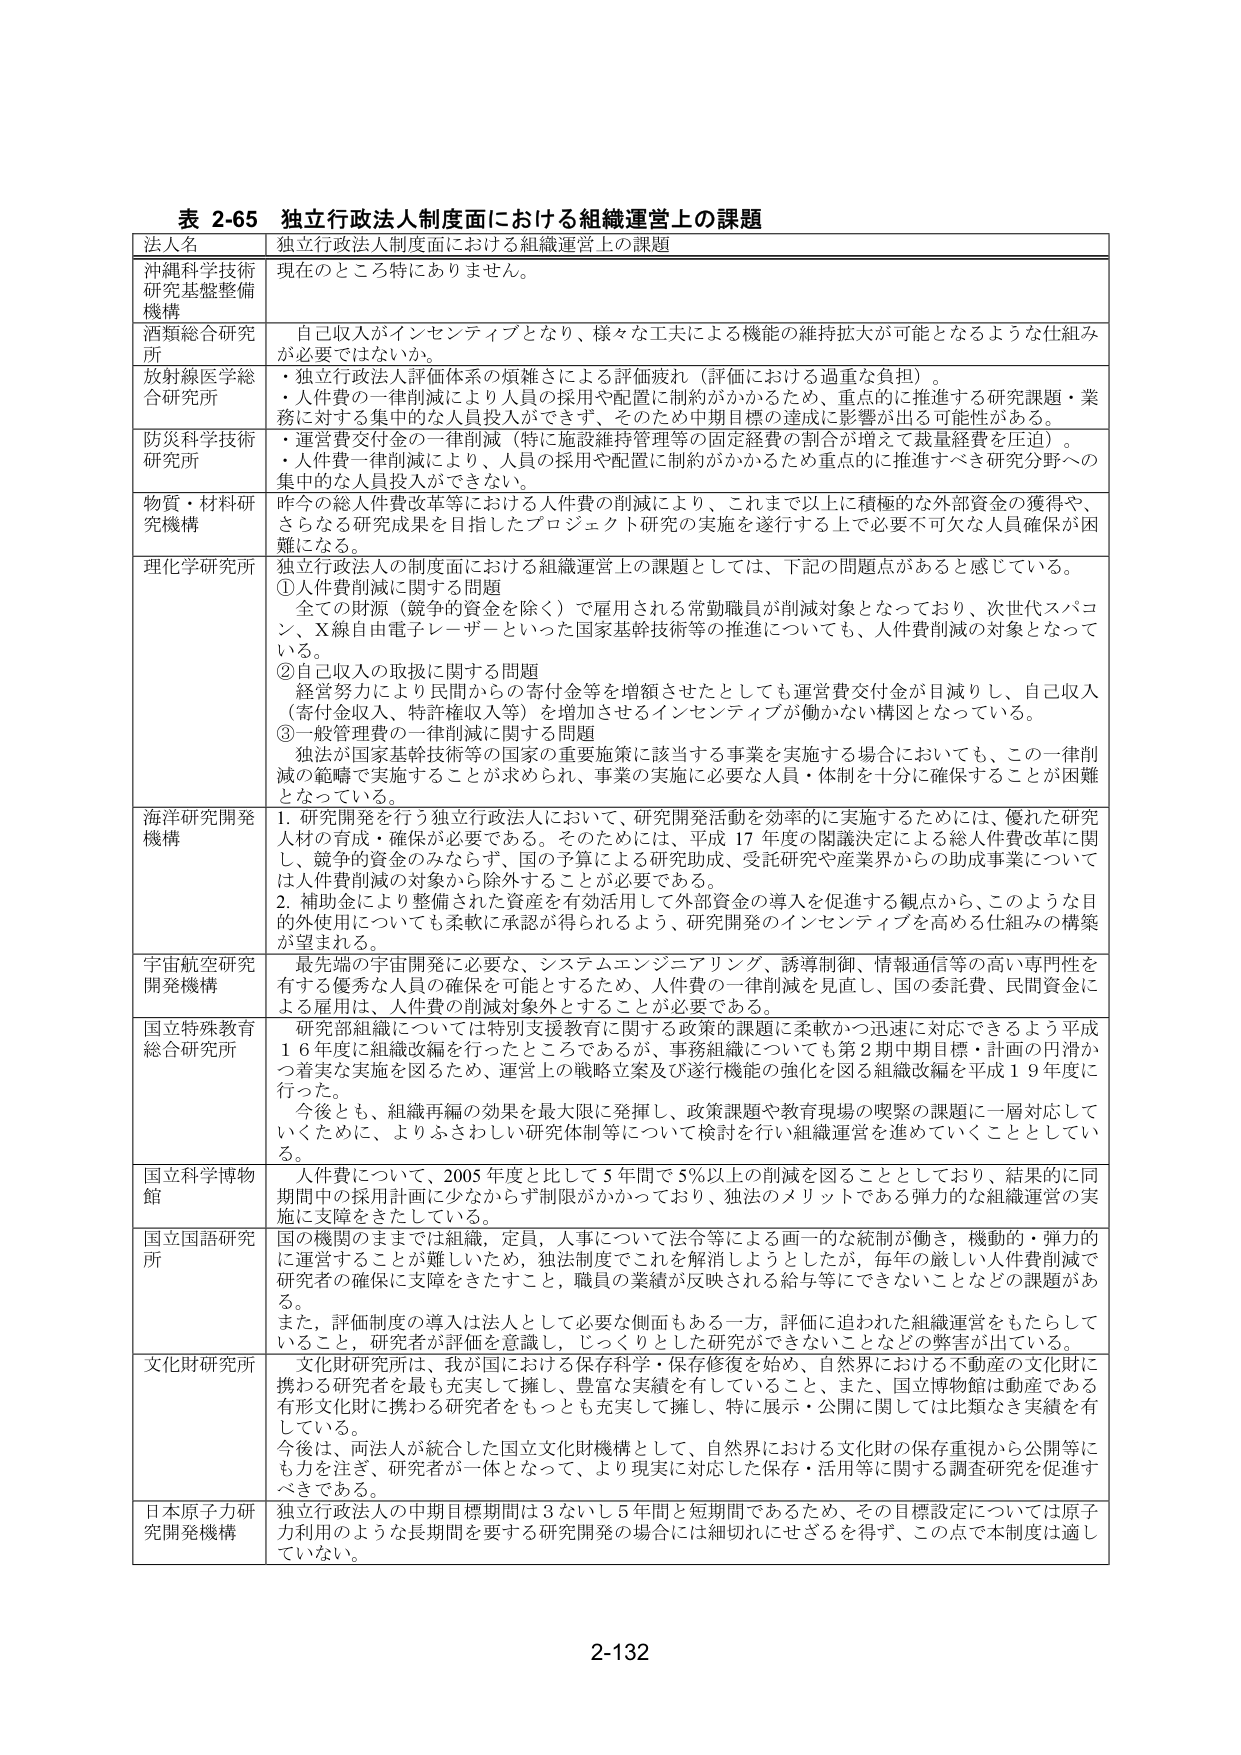
表 2-65 独立行政法人制度面における組織運営上の課題
法人名 独立行政法人制度面における組織運営上の課題
沖縄科学技術研究基盤整備機構 現在のところ特になし。
酒類総合研究所 自己収入がインセンティブとなり、様々な工夫による機能の維持拡大が可能となるような仕組みが必要ではないか。
放射線医学総合研究所 ・独立行政法人評価体系の煩雑さによる評価疲れ（評価における過重な負担）。
・人件費の一斉削減により人員の採用や配置に制約がかかるため、重点的に推進する研究課題・業務に対する集中的な人員投入ができず、そのため中期目標の達成に影響が出る可能性がある。
防災科学技術研究所 ・運営費交付金の一斉削減（特に施設維持管理等の固定経費の割合が増えて裁量経費を圧迫）。
・人件費一斉削減により、人員の採用や配置に制約がかかるため重点的に推進すべき研究分野への集中的な人員投入ができない。
物質・材料研究機構 昨今の総人件費改革等における人件費の削減により、これまで以上に積極的な外部資金の獲得や、さらなる研究成果を目指したプロジェクト研究の実施を遂行する上で必要不可欠な人員確保が困難になる。
理化学研究所 独立行政法人の制度面における組織運営上の課題としては、下記の問題点があると感じている。
①人件費削減に関する問題
全ての財源（競争的資金を除く）で雇用される常勤職員が削減対象となっており、次世代スパコン、X線自由電子レーザーといった国家基幹技術等の推進についても、人件費削減の対象となっている。
②自己収入の取扱に関する問題
経営努力により民間からの寄付金等を増額させたとしても運営費交付金が目減りし、自己収入（寄付金収入、特許権収入等）を増加させるインセンティブが働かない構図となっている。
③一般管理費の一斉削減に関する問題
独法が国家基幹技術等の国家の重要施策に該当する事業を実施する場合においても、この一斉削減の範疇で実施することが求められ、事業の実施に必要な人員・体制を十分に確保することが困難となっている。
海洋研究開発機構 1. 研究開発を行う独立行政法人において、研究開発活動を効率的に実施するためには、優れた研究人材の育成・確保が必要である。そのためには、平成17年度の閣議決定による総人件費改革に関し、競争的資金のみならず、国の予算による研究助成、受託研究や産業界からの助成事業については人件費削減の対象から除外することが必要である。
2. 補助金により整備された資産を有効活用して外部資金の導入を促進する観点から、このような目的外使用についても柔軟に承認が得られるよう、研究開発のインセンティブを高める仕組みの構築が望まれる。
宇宙航空研究開発機構 最先端の宇宙開発に必要な、システムエンジニアリング、誘導制御、情報通信等の高い専門性を有する優秀な人員の確保を可能とするため、人件費の一斉削減を見直し、国の委託費、民間資金による雇用は、人件費の削減対象外とすることが必要である。
国立特殊教育総合研究所 研究部組織については特別支援教育に関する政策的課題に柔軟かつ迅速に対応できるよう平成16年度に組織改編を行ったところであるが、事務組織についても第2期中期目標・計画の円滑かつ着実な実施を図るため、運営上の戦略立案及び遂行機能の強化を図る組織改編を平成19年度に行った。
今後とも、組織再編の効果を最大限に発揮し、政策課題や教育現場の喫緊の課題に一層対応していくために、よりふさわしい研究体制等について検討を行い組織運営を進めていくこととしている。
国立科学博物館 人件費について、2005年度と比して5年間で5％以上の削減を図ることとしており、結果的に同期間中の採用計画に少なからず制限がかかっており、独法のメリットである弾力的な組織運営の実施に支障をきたしている。
国立国語研究所 国の機関のままで組織、定員、人事について法令等による画一的な統制が働き、機動的・弾力的に運営することが難しいため、独法制度でこれを解消しようとしたが、毎年の厳しい人件費削減で研究者の確保に支障をきたすこと、職員の業績が反映される給与等にできないことなどの課題がある。
また、評価制度の導入は法人として必要な側面もある一方、評価に追われた組織運営をもたらしていること、研究者が評価を意識し、じっくりとした研究ができないことなどの弊害が出ている。
文化財研究所 文化財研究所は、我が国における保存科学・保存修復を始め、自然界における不動産の文化財に携わる研究者を最も充実して擁し、豊富な実績を有していること、また、国立博物館は動産である有形文化財に携わる研究者をもっとも充実して擁し、特に展示・公開に関しては比類なき実績を有している。
今後は、両法人が統合した国立文化財機構として、自然界における文化財の保存重視から公開等にも力を注ぎ、研究者が一体となって、より現実に対応した保存・活用等に関する調査研究を促進すべきである。
日本原子力研究開発機構 独立行政法人の中期目標期間は3ないし5年間と短期間であるため、その目標設定については原子力利用のような長期間を要する研究開発の場合には細切れにせざるを得ず、この点で本制度は適していない。
2-132